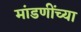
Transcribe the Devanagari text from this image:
मांडणींच्या